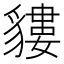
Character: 貗